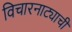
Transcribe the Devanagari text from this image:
विचारनाट्याची